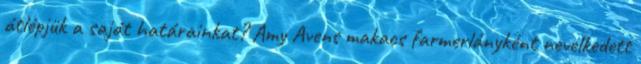
átlépjük a saját határainkat? Amy Avens makacs farmerlányként nevelkedett